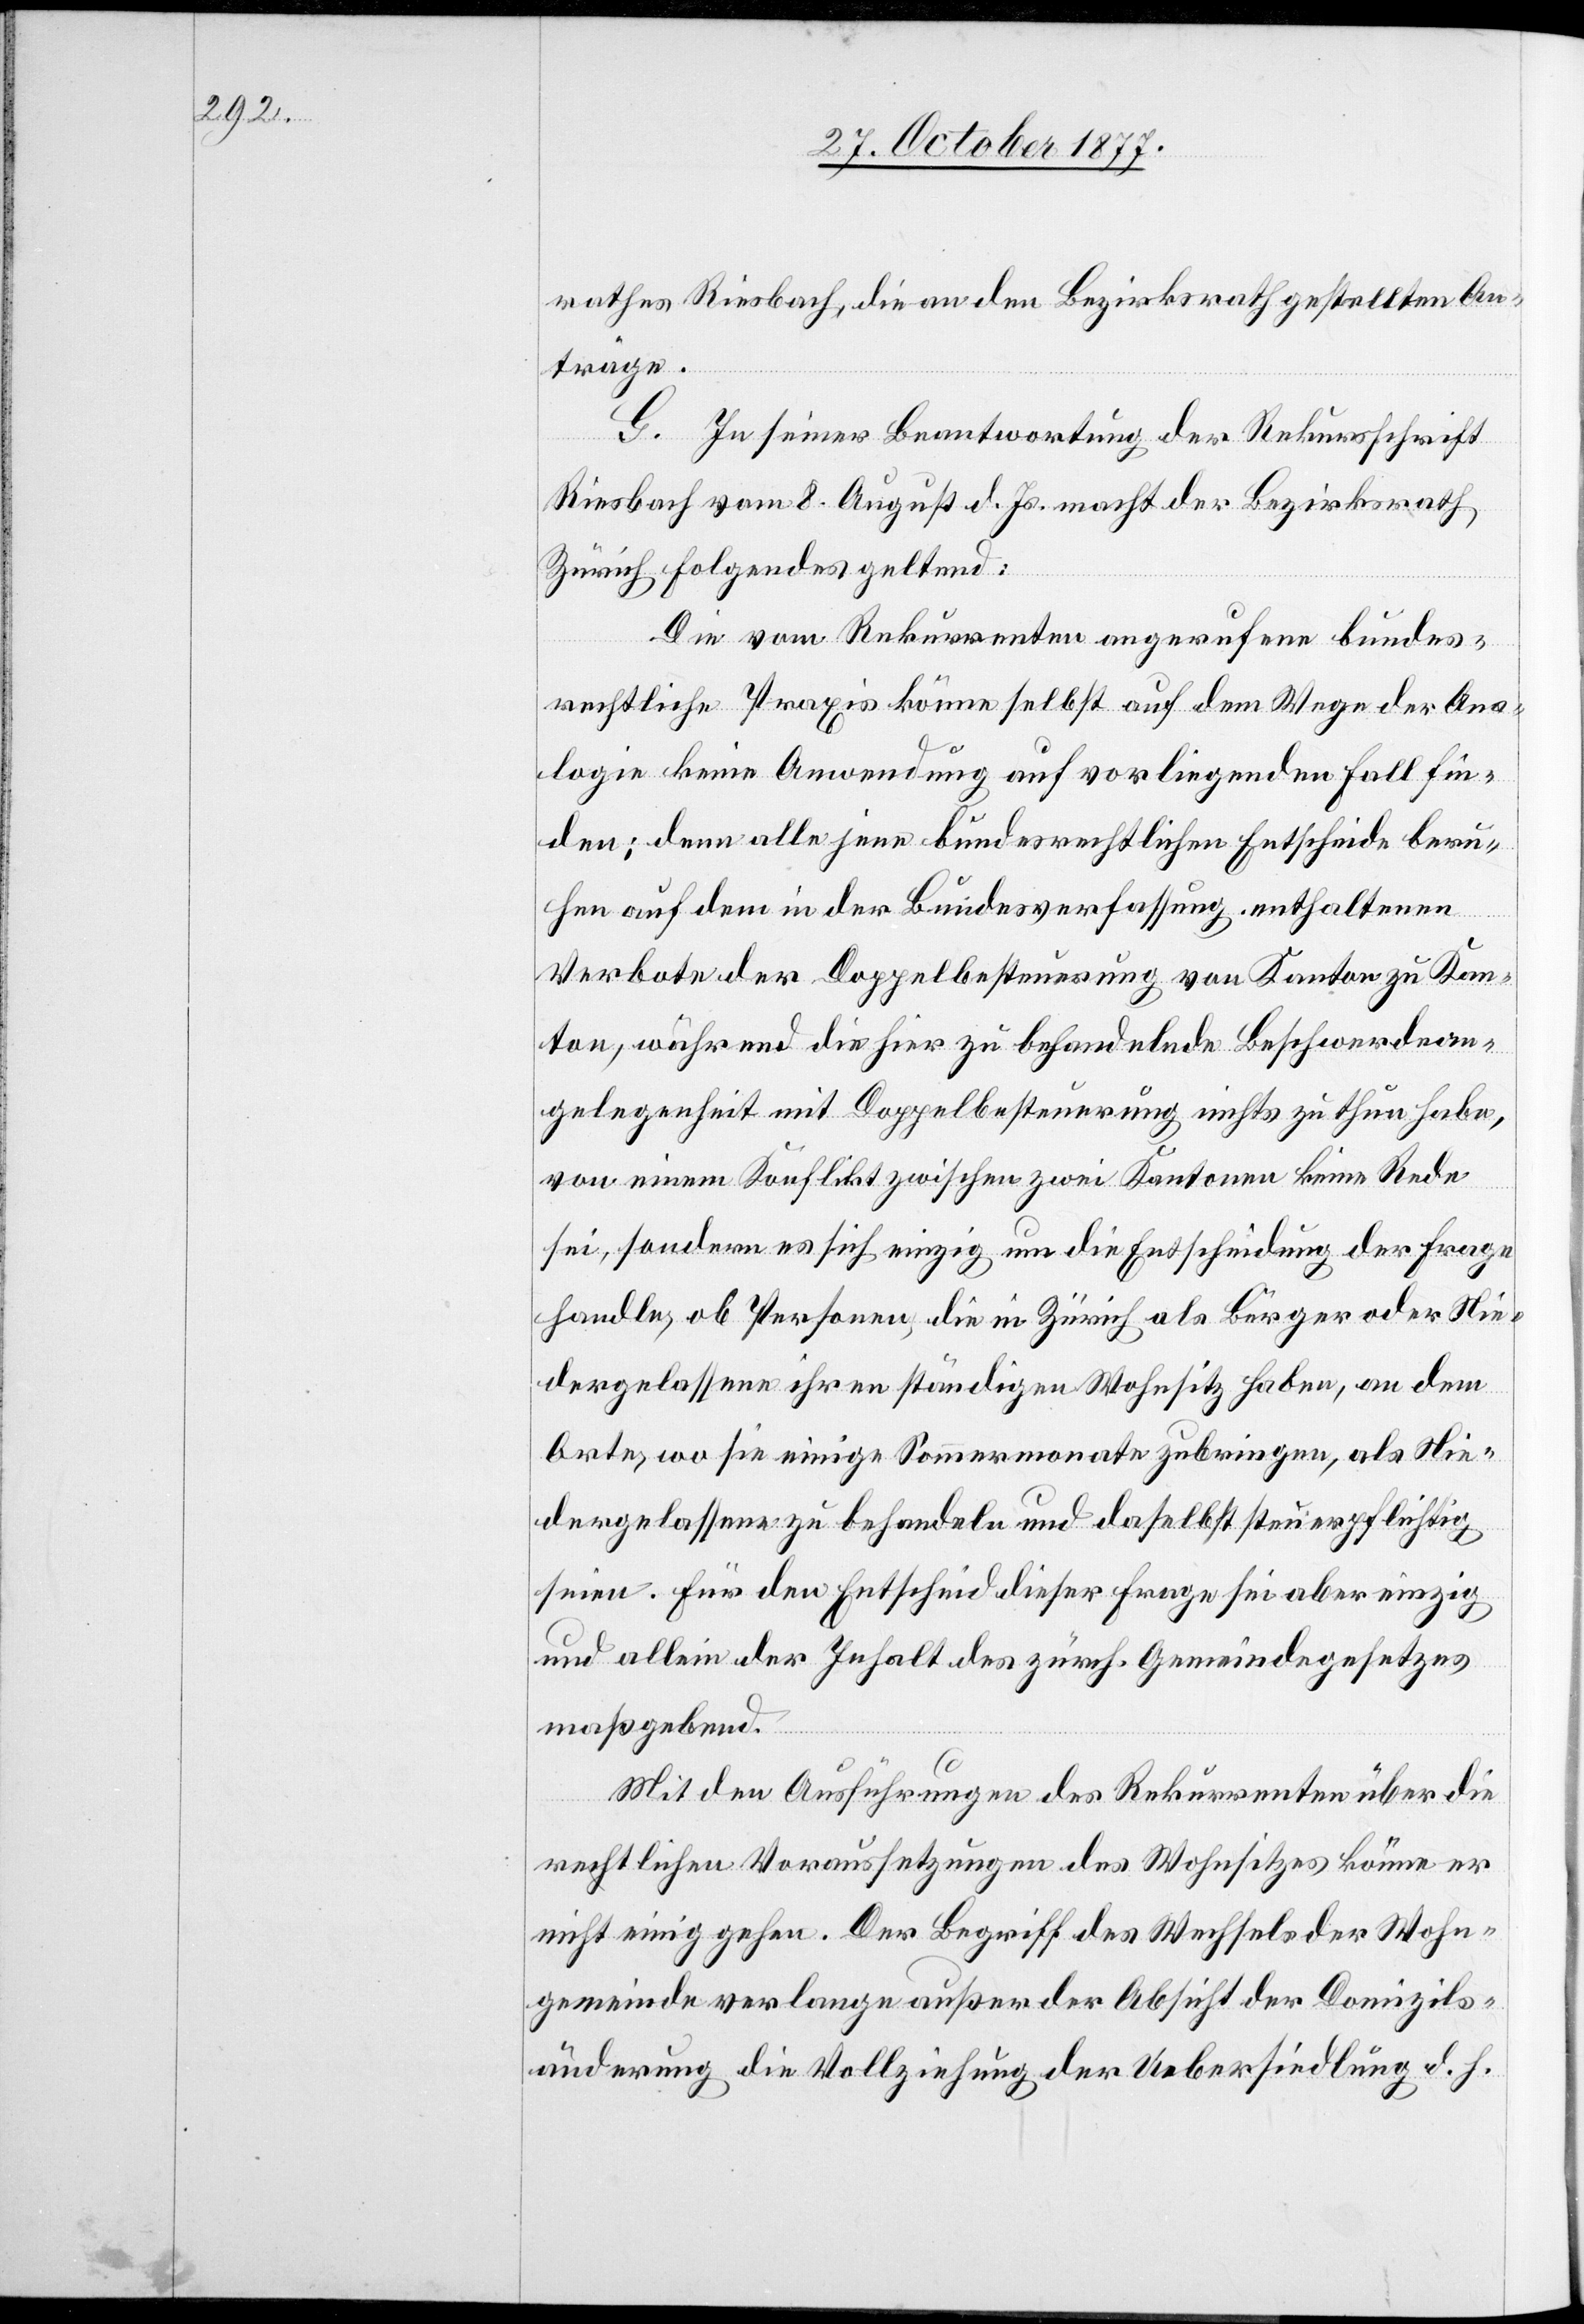
rathes Riesbach, die an den Bezirksrath gestellten An¬
träge.
G. In seiner Beantwortung der Rekursschrift
Riesbach vom 8. August d. Js. macht der Bezirksrath
Zürich Folgendes geltend:
Die vom Rekurrenten angerufene bundes¬
rechtliche Praxis könne selbst auf dem Wege der Ana¬
logie keine Anwendung auf vorliegenden Fall fin¬
den; denn alle jene bundesrechtlichen Entscheide beru¬
hen auf dem in der Bundesverfassung enthaltenen
Verbote der Doppelbesteuerung von Kanton zu Kan¬
ton, während die hier zu behandelnde Beschwerdean¬
gelegenheit mit Doppelbesteuerung nichts zu thun habe,
von einem Konflikt zwischen zwei Kantonen keine Rede
sei, sondern es sich einzig um die Entscheidung der Frage
handle, ob Personen, die in Zürich als Bürger oder Nie¬
dergelassene ihren ständigen Wohnsitz haben, an dem
Orte, wo sie einige Sommermonate zubringen, als Nie¬
dergelassene zu behandeln und daselbst steuerpflichtig
seien. Für den Entscheid dieser Frage sei aber einzig
und allein der Inhalt des zürch. Gemeindegesetzes
maßgebend.
Mit den Ausführungen des Rekurrenten über die
rechtlichen Voraussetzungen des Wohnsitzes könne er
nicht einig gehen. Der Begriff des Wechsels der Wohn¬
gemeinde verlange außer der Absicht der Domizils¬
änderung die Vollziehung der Uebersiedlung d. h.